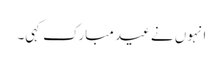
انہوں نے عید مبارک کہی۔